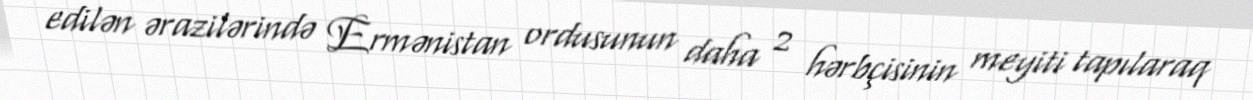
edilən ərazilərində Ermənistan ordusunun daha 2 hərbçisinin meyiti tapılaraq